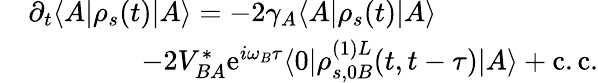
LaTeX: \begin{array}{rl}&{\partial_{t}\langle A|\rho_{s}(t)|A\rangle=-2\gamma_{A}\langle A|\rho_{s}(t)|A\rangle}\\ &{\qquad\qquad-2V_{BA}^{*}\mathrm{e}^{i\omega_{B}\tau}\langle 0|\rho_{s,0B}^{(1)L}(t,t-\tau)|A\rangle+\mathrm{c.c.}}\end{array}